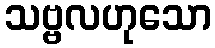
သဗ္ဗလဟုသော